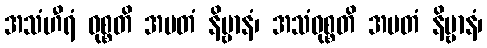
အသံဟီရံ ဝုစ္စတိ အမတံ နိဗ္ဗာနံ၊ အသံဝုစ္စတိ အမတံ နိဗ္ဗာနံ၊